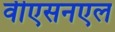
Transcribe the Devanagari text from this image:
वीएसनएल